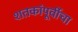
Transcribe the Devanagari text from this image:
शतकांपूर्वीचा